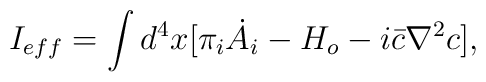
I_{eff} = \int d^4 x [\pi_i \dot{A_{i}} - H_o - i\bar{c}\nabla^{2}c],